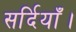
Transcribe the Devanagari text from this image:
सर्दियाँ।